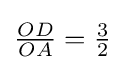
{\tfrac {OD}{OA}}={\tfrac {3}{2}}